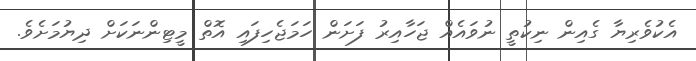
އެކުވެރިޔާ ގެއިން ނިކުތީ ނުވައެއް ޖަހާއިރު ފަށަން ހަމަޖެހިފައި އޮތް މީޓިންނަކަށް ދިޔުމަށެވެ.